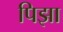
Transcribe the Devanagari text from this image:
पिझा